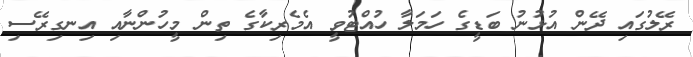
ރޭލުގައި ދޭން އުޅުނު ބަޑީގެ ހަމަލާ ހުއްޓުވީ އެމެރިކާގެ ތިން މީހުންނާއި އިނގިރޭސި